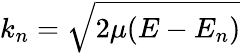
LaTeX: k_{n}=\sqrt{2\mu(E-E_{n})}